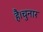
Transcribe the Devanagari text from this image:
है।चुनार